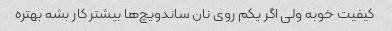
کیفیت خوبه ولی اگر یکم روی نان ساندویچ‌ها بیشتر کار بشه بهتره